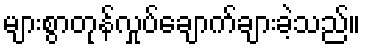
များစွာတုန်လှုပ်ချောက်ချားခဲ့သည်။